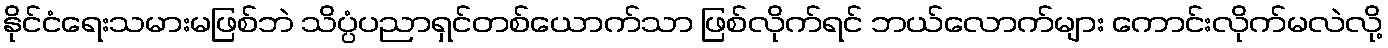
နိုင်ငံရေးသမားမဖြစ်ဘဲ သိပ္ပံပညာရှင်တစ်ယောက်သာ ဖြစ်လိုက်ရင် ဘယ်လောက်များ ကောင်းလိုက်မလဲလို့